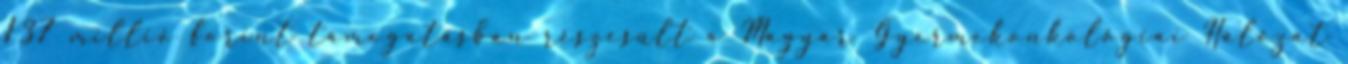
137 millió forint támogatásban részesült a Magyar Gyermekonkológiai Hálózat